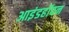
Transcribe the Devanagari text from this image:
आइंडहॉवन